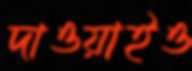
দাওয়াইও